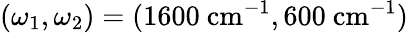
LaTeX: (\omega_{1},\omega_{2})=(1600~\mathrm{cm}^{-1},600~\mathrm{cm}^{-1})